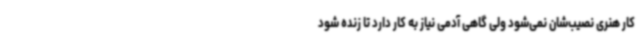
کار هنری نصیب‌شان نمی‌شود ولی گاهی آدمی نیاز به کار دارد تا زنده شود